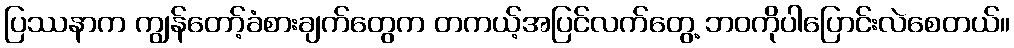
ပြဿနာက ကျွန်တော့်ခံစားချက်တွေက တကယ့်အပြင်လက်တွေ့ ဘဝကိုပါပြောင်းလဲစေတယ်။